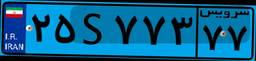
۵۵S۷۶۰۰۵